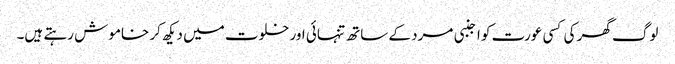
لوگ گھر کی کسی عورت کو اجنبی مرد کے ساتھ تنہائی اور خلوت میں دیکھ کر خاموش رہتے ہیں۔